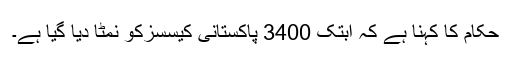
حکام کا کہنا ہے کہ ابتک 3400 پاکستانی کیسسزکو نمٹا دیا گیا ہے۔